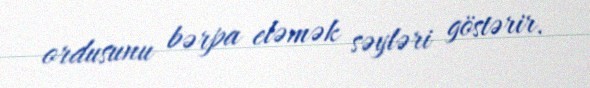
ordusunu bərpa eləmək səyləri göstərir.